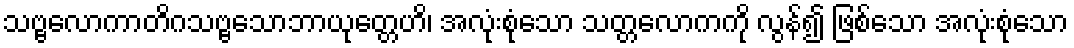
သဗ္ဗလောကာတိဂသဗ္ဗသောဘာယုတ္တေဟိ၊ အလုံးစုံသော သတ္တလောကကို လွန်၍ ဖြစ်သော အလုံးစုံသော